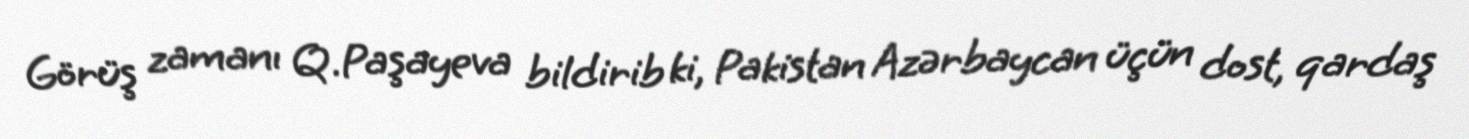
Görüş zamanı Q.Paşayeva bildirib ki, Pakistan Azərbaycan üçün dost, qardaş